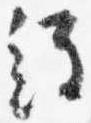
経